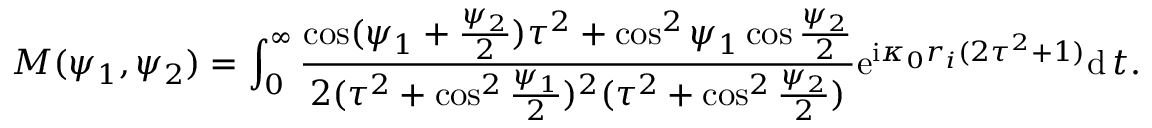
M ( \psi _ { 1 } , \psi _ { 2 } ) = \int _ { 0 } ^ { \infty } \frac { \cos ( \psi _ { 1 } + \frac { \psi _ { 2 } } { 2 } ) \tau ^ { 2 } + \cos ^ { 2 } \psi _ { 1 } \cos \frac { \psi _ { 2 } } { 2 } } { 2 ( \tau ^ { 2 } + \cos ^ { 2 } \frac { \psi _ { 1 } } { 2 } ) ^ { 2 } ( \tau ^ { 2 } + \cos ^ { 2 } \frac { \psi _ { 2 } } { 2 } ) } \mathrm { e } ^ { \mathrm { i } \kappa _ { 0 } r _ { i } ( 2 \tau ^ { 2 } + 1 ) } \mathrm { d } \, t .